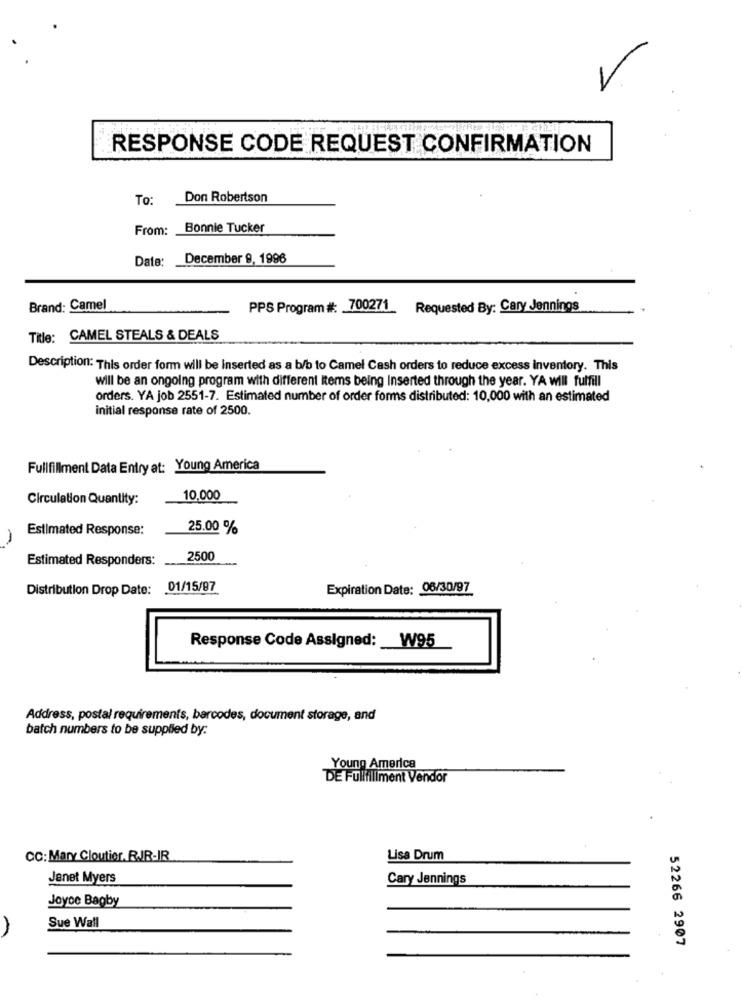
RESPONSE CODE REQUEST CONFIRMATION
To:
Don Robertson
From:
Bonnie Tucker
Date:
December 9, 1996
Brand: Camel
PPS Program #: 700271
Requested By: Cary Jennings
Title: CAMEL STEALS & DEALS
Description: This order form will be Inserted as a b/b to Camel Cash orders to reduce excess inventory. This
Will be an ongoing program with different items being Inserted through the year. YA will fulfill
orders. YA job 2551-7. Estimated number of order forms distributed: 10,000 with an estimated
initial response rate of 2500.
Fullfillment Data Entry at: Young America
Circulation Quantity:
10,000
Estimated Response:
25.00 %
-
Estimated Responders:
2500
Distribution Drop Date: 01/15/87
Expiration Date: 06/30/97
Response Code Assigned: W95
Address, postal requirements, barcodes, document storage, and
batch numbers to be supplied by:
Young America
DE Fullfillment Vendor
CC: Mary Cloutier. RJR-JR
Lisa Drum
Janet Myers
Cary Jennings
Joyce Bagby
Sue Wall
52266 2907